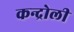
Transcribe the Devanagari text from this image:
कन्द्रोली